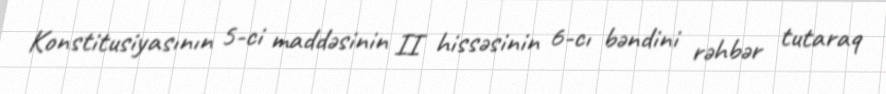
Konstitusiyasının 5-ci maddəsinin II hissəsinin 6-cı bəndini rəhbər tutaraq